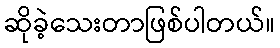
ဆိုခဲ့သေးတာဖြစ်ပါတယ်။